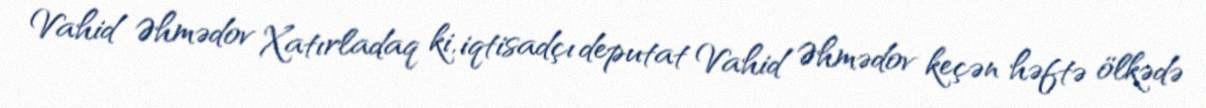
Vahid Əhmədov Xatırladaq ki, iqtisadçı deputat Vahid Əhmədov keçən həftə ölkədə